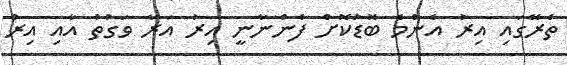
ތެރޭގައި އިރު އެންމެ ބޮޑުކޮށް ފެންނާނީ އިރު އަރާ ވަގުތު އާއި އިރު